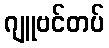
ဂျူဗင်တပ်